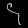
Digit: ၄